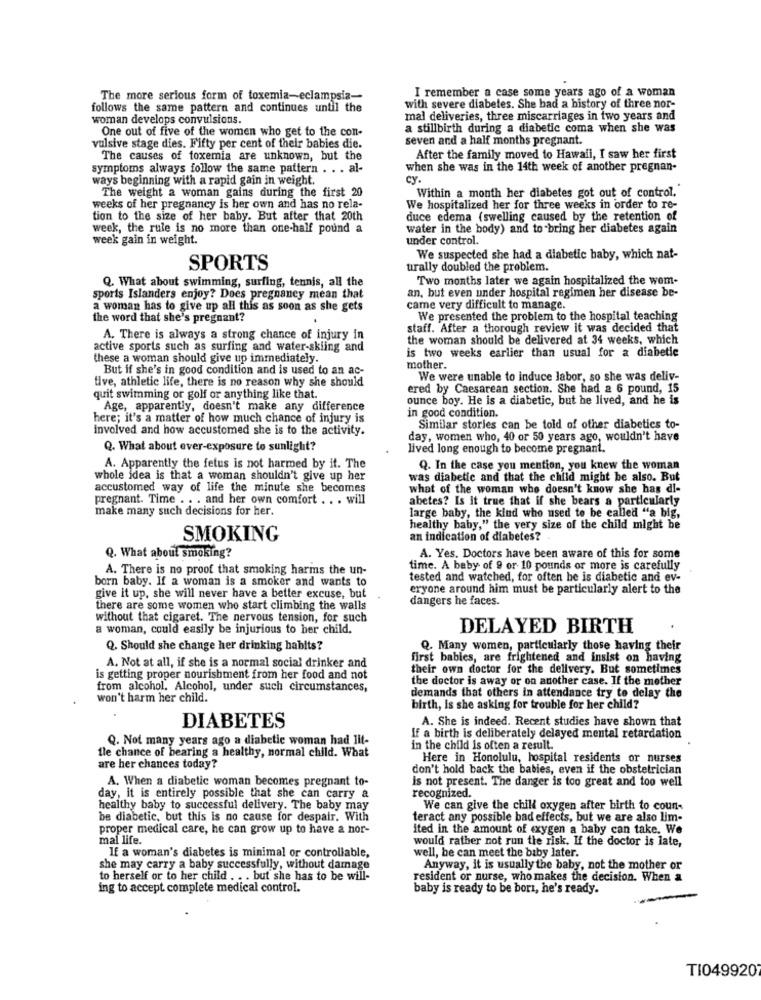
I remember a case some years ago of a woman
The more serious form of toxemia-eclampsia-
follows the same pattern and continues until the
with severe diabetes. She had a history of three nor-
woman develops convulsions.
mal deliveries, three miscarriages in two years and
One out of five of the women who get to the con-
a stillbirth during a diabetic coma when she was
seven and a half months pregnant.
vulsive stage dies. Fifty per cent of their babies die.
The causes of toxemia are unknown, but the
After the family moved to Hawali, I saw her first
symptoms always follow the same pattern . . . al-
when she was in the 14th week of another pregnan-
ways beginning with a rapid gain in weight.
cy.
The weight a woman gains during the first 20
Within a month her diabetes got out of control.
weeks of her pregnancy is her own and has no rela-
We hospitalized her for three weeks in order to re-
tion to the size of her baby. But after that 20th
duce edema (swelling caused by the retention of
week, the rule is no more than one-half pound a
water in the body) and to bring her diabetes again
week gain in weight.
under control.
We suspected she had a diabetic baby, which nat-
SPORTS
uirally doubled the problem.
Q. What about swimming, surfing, tennis, all the
Two months later we again hospitalized the wom-
an, but even under hospital regimen her disease be-
sports Islanders enjoy? Does pregnancy mean that
a woman has to give up all this as soon as she gets
came very difficult to manage.
the word that she's pregnant?
We presented the problem to the hospital teaching
staff. After a thorough review it was decided that
A. There is always a strong chance of injury in
the woman should be delivered at 34 weeks, which
active sports such as surfing and water-skiing and
is two weeks earlier than usual for a diabetic
these a woman should give up immediately.
But if she's in good condition and is used to an ac-
mother.
tive, athletic life, there is no reason why she should
We were unable to induce labor, so she was deliv-
ered by Caesarean section. She had a 6 pound, 15
quit swimming or golf or anything like that.
ounce boy. He is a diabetic, but he lived, and he is
Age, apparently, doesn't make any difference
here; it's a matter of how much chance of injury is
in good condition.
involved and how accustomed she is to the activity.
Similar stories can be told of other diabetics to-
day, women who, 40 or 50 years ago, wouldn't have
Q. What about ever-exposure to sunlight?
lived long enough to become pregnant.
A. Apparently the fetus is not harmed by it. The
Q. In the case you mention, you knew the woman
whole idea is that a woman shouldn't give up her
was diabetic and that the child might be also. But
accustomed way of life the minute she becomes
what of the woman who doesn't know she has di-
pregnant. Time . .. and her own comfort . . . will
abetes? Is it true that if she bears a particularly
make many such decisions for her.
large baby, the kind who used to be called "a big,
healthy baby," the very size of the child might be
SMOKING
an indication of diabetes?
Q. What about smoking?
A. Yes. Doctors have been aware of this for some
A. There is no proof that smoking harms the un-
time. A baby of 9 or- 10 pounds or more is carefully
born baby. If a woman is a smoker and wants to
tested and watched, for often he is diabetic and ev-
eryone around him must be particularly alert to the
give it up, she will never have a better excuse, but
dangers he faces.
there are some women who start climbing the walls
without that cigaret. The nervous tension, for such
a woman, could easily be injurious to her child.
DELAYED BIRTH
Q. Should she change her drinking habits?
Q. Many women, particularly those having their
first babies, are frightened and insist on having
A. Not at all, if she is a normal social drinker and
their own doctor for the delivery. But sometimes
is getting proper nourishment from her food and not
the doctor is away or on another case. If the mother
from alcohol. Alcohol, under such circumstances,
won't harm her child.
demands that others in attendance try to delay the
birth, is she asking for trouble for her child?
A. She is indeed. Recent studies have shown that
DIABETES
Q. Not many years ago a diabetic woman had Iit-
If a birth is deliberately delayed mental retardation
fle chance of bearing a healthy, normal child. What
in the child is often a result.
Here in Honolulu, hospital residents or nurses
are her chances today?
don't hold back the babies, even if the obstetrician
A. When a diabetic woman becomes pregnant to-
is not present. The danger is too great and too well
day, it is entirely possible that she can carry a
recognized.
healthy baby to successful delivery. The baby may
We can give the chill oxygen after birth to coun-
be diabetic, but this is no cause for despair. With
teract any possible bad effects, but we are also lim-
proper medical care, he can grow up to have a nor-
ited in the amount of oxygen a baby can take. We
mal life.
would rather not run the risk. If the doctor is late,
If a woman's diabetes is minimal or controllable,
well, he can meet the baby later.
she may carry a baby successfully, without damage
Anyway, it is usually the baby, not the mother or
to herself or to her child . . . but she has to be will-
resident or nurse, who makes the decision. When a
ing to accept complete medical control.
baby is ready to be bort, he's ready.
TI049920